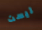
ليست